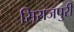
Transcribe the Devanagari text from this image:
सिराजपुरी